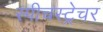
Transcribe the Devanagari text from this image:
स्पीचस्ट्रेचर